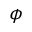
\phi